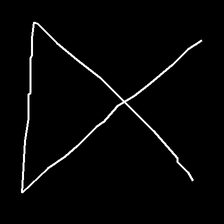
Glyph: collection